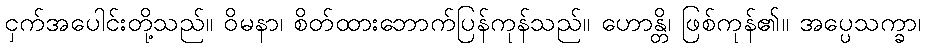
ငှက်အပေါင်းတို့သည်။ ဝိမနာ၊ စိတ်ထားဘောက်ပြန်ကုန်သည်။ ဟောန္တိ၊ ဖြစ်ကုန်၏။ အပ္ပေသက္ခာ၊